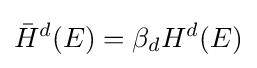
{\bar {H}}^{d}(E)=\beta _{d}H^{d}(E)